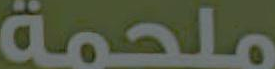
ملحمة